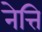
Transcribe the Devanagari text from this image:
नेत्ति